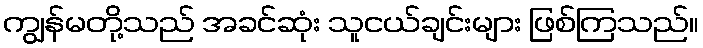
ကျွန်မတို့သည် အခင်ဆုံး သူငယ်ချင်းများ ဖြစ်ကြသည်။